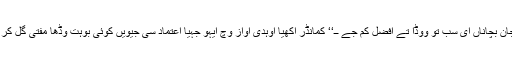
’’انسان دی جان بچاناں ای سب تو ووڈا تے افضل کم جے ــ‘‘ کمانڈر آکھیا اوہدی آواز وچ ایہو جہیا اعتماد سی جیویں کوئی بوہت وڈھا مفتی گل کر رہیا ہووے ۔